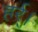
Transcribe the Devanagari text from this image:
हर्र्।